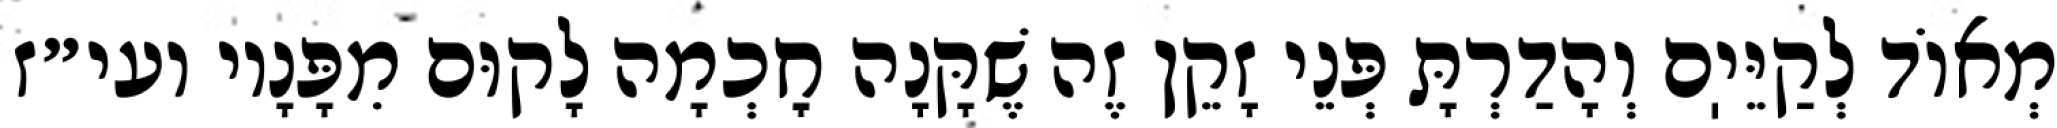
מְאוֹד לְקַיֵּיֽם וְהָדַרְתָּ פְּנֵי זָקֵן זֶה שֶׁקָּנָה חׇכְמָה לָקוּם מִפָּנָיו ועי״ז